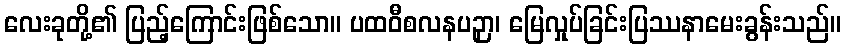
လေးခုတို့၏ ပြည့်ကြောင်းဖြစ်သော။ ပထဝီစလနပဉှာ၊ မြေလှုပ်ခြင်းပြဿနာမေးခွန်းသည်။